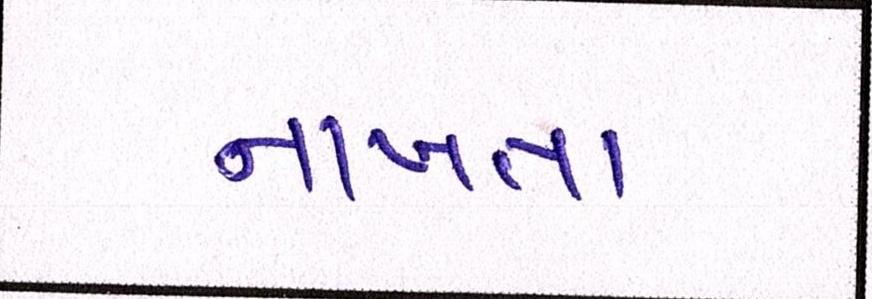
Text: નાખતા